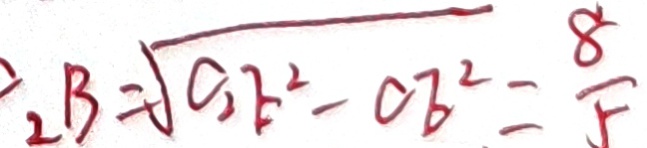
_ { 2 } B = \sqrt { C _ { 2 } E ^ { 2 } - C E ^ { 2 } } = \frac { 8 } { 5 }